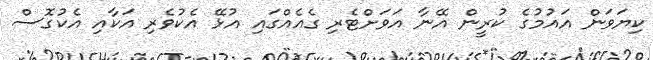
ކިޔަވަން އައުމުގެ ކުރީން އޭނާ އަވަށްޓެރި ގެއެއްގައި އުޅޭ އެކުވެރި އަކާއި އެކުގޮސް